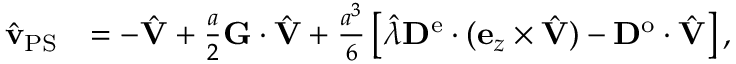
\begin{array} { r l } { \hat { \mathbf { v } } _ { \mathrm { P S } } } & { = - \hat { \mathbf { V } } + \frac { a } { 2 } \mathbf { G } \cdot \hat { \mathbf { V } } + \frac { a ^ { 3 } } { 6 } \left[ \hat { \lambda } \mathbf { D } ^ { \mathrm { e } } \cdot ( \mathbf { e } _ { z } \times \hat { \mathbf { V } } ) - \mathbf { D } ^ { \mathrm { o } } \cdot \hat { \mathbf { V } } \right] , } \end{array}